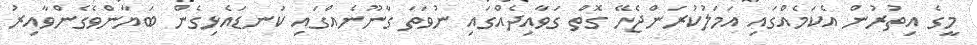
މީގެ އިތުރުން އެކަމެއްގައި އަމަލުކުރަންޖެހޭ ގޮތް ގަވާއިދެއްގައި ނުވަތަ ގާނޫނެއްގައި ކަނޑައެޅިގެން ބަޔާންވެގެންވާއިރު